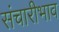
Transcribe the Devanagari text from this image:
संचारीभाव